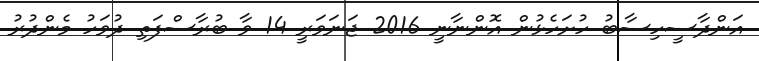
އަންދާސީހިސާބު ހުށަހެޅުން އޮންނާނީ 2016 ޖަނަވަރީ 14 ވާ ބުރާސްފަތި ދުވަހު މެންދުރު